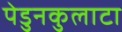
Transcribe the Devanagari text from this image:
पेडुनकुलाटा